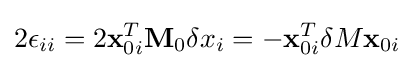
2\epsilon _{ii}=2\mathbf {x} _{0i}^{T}\mathbf {M} _{0}\delta x_{i}=-\mathbf {x} _{0i}^{T}\delta M\mathbf {x} _{0i}